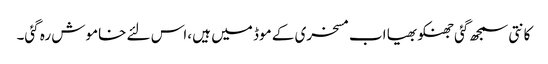
کانتی سمجھ گئی جھنکو بھیا اب مسخری کے موڈ میں ہیں ،اس لئے خاموش رہ گئی۔